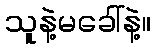
သူနဲ့မခေါ်နဲ့။